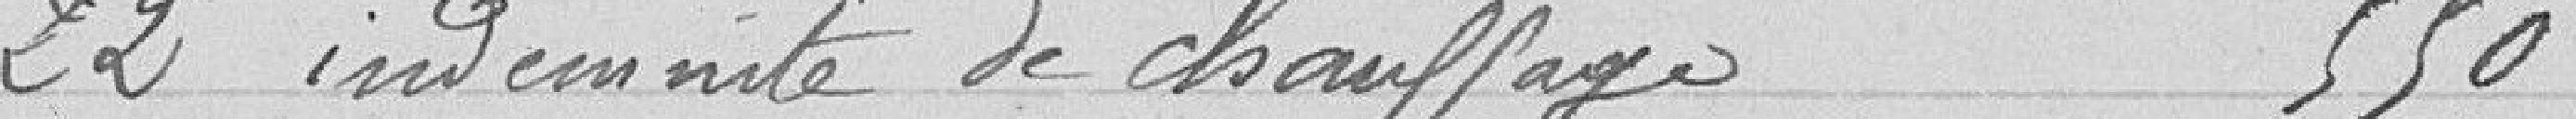
22 Indemnité de chauffage 550